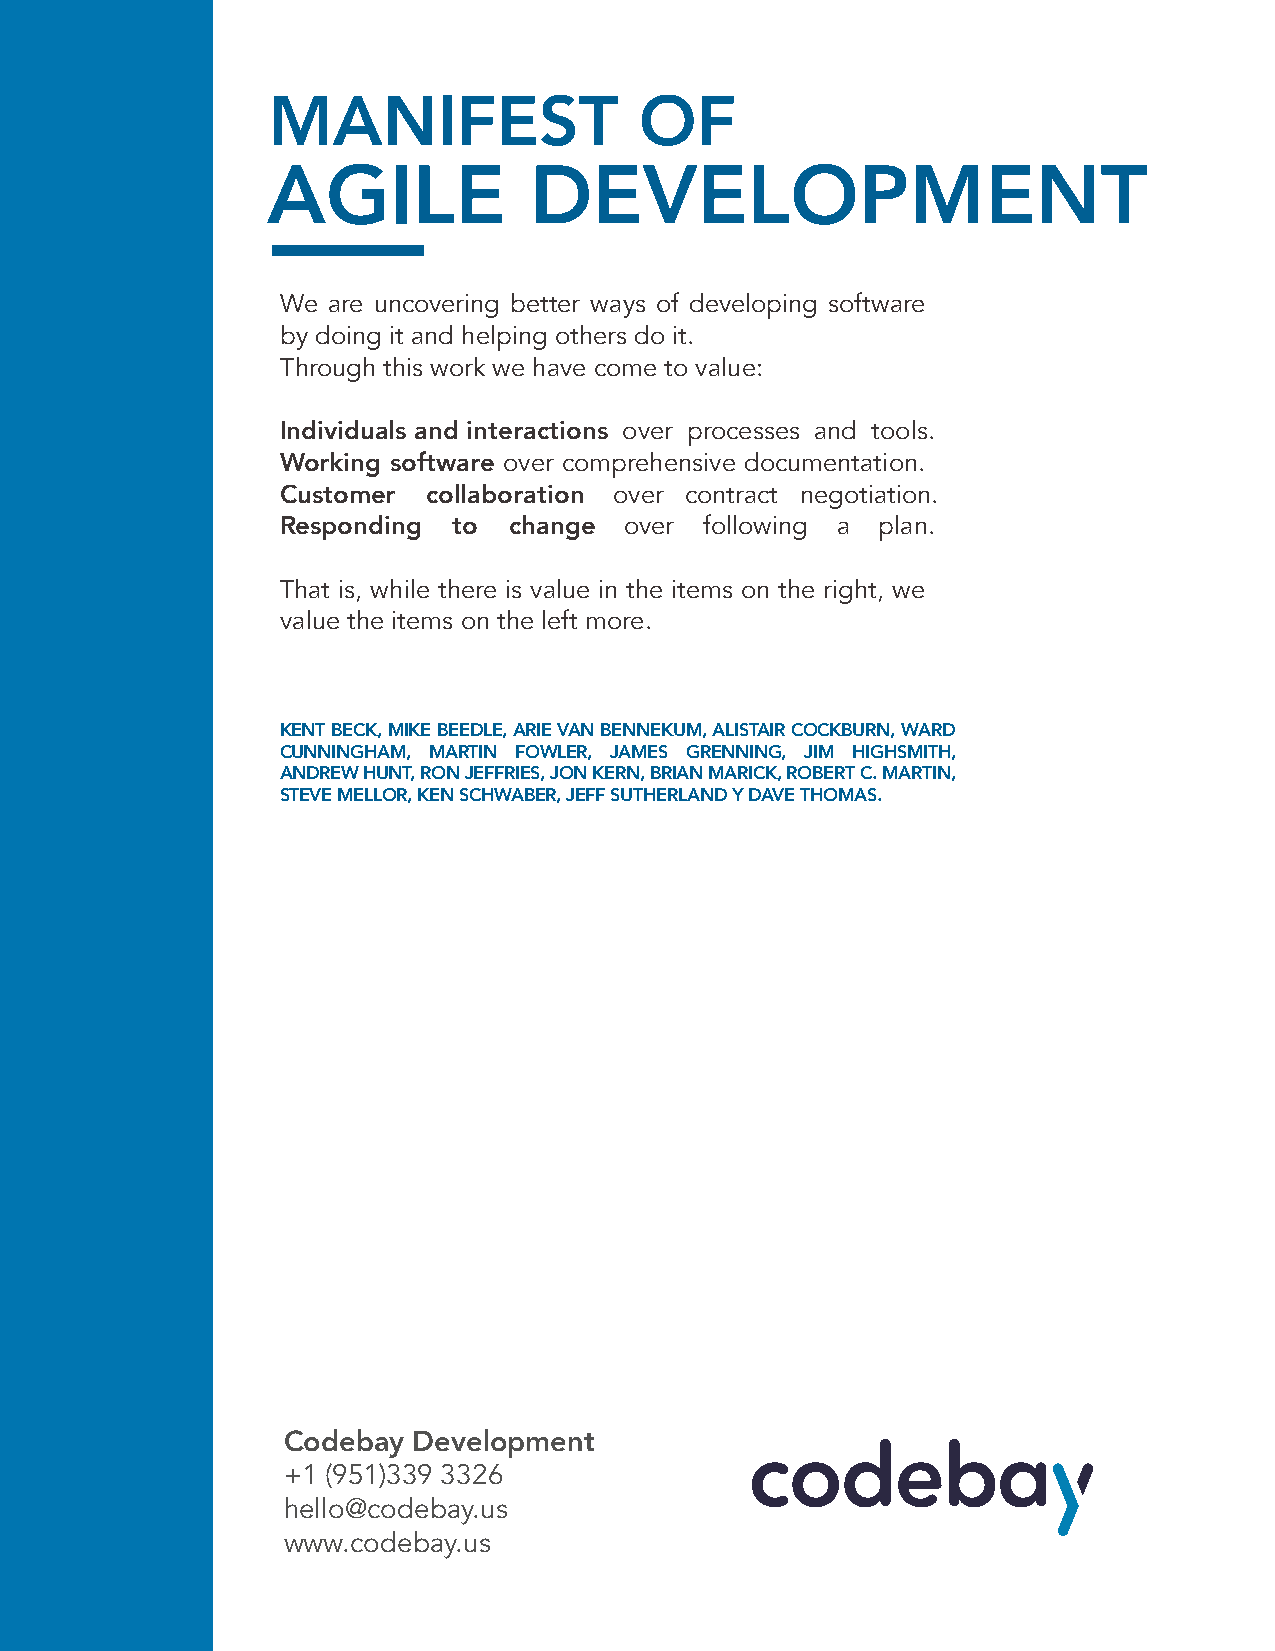
MANIFEST                OF
 AGILE            DEVELOPMENT
 We are uncovering better ways of developing software
 by doing it and helping others do it.
 Through this work we have come to value:
 Individuals and interactions over processes and tools.
 Working software over comprehensive documentation.
 Customer collaboration over contract negotiation.
 Responding to  change over  following a plan.
 That is, while there is value in the items on the right, we
 value the items on the left more.
 KENT BECK, MIKE BEEDLE, ARIE VAN BENNEKUM, ALISTAIR COCKBURN, WARD
 CUNNINGHAM, MARTIN FOWLER, JAMES GRENNING, JIM HIGHSMITH,
 ANDREW HUNT, RON JEFFRIES, JON KERN, BRIAN MARICK, ROBERT C. MARTIN,
 STEVE MELLOR, KEN SCHWABER, JEFF SUTHERLAND Y DAVE THOMAS.
 Codebay Development
 +1 (951)339 3326
 hello@codebay.us
 www.codebay.us